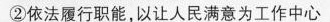
②依法履行职能，以让人民满意为工作中心